Protection of India from yellow fever
Disease focus: Fever
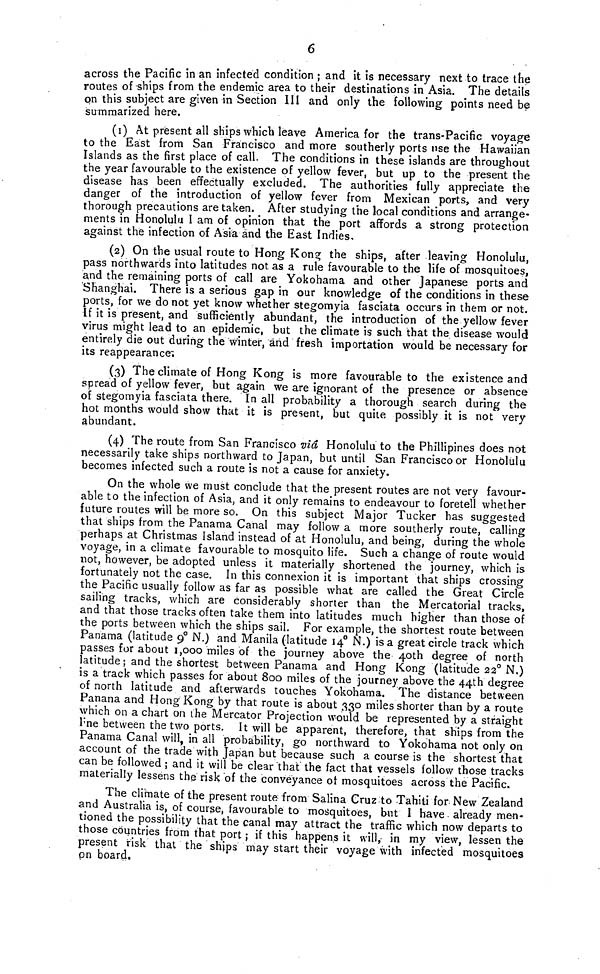
6
across the Pacific in an infected condition ; and it is necessary next to trace the
routes of ships from the endemic area to their destinations in Asia. The details
on this subject are given in Section III and only the following points need be
summarized here.
(1) At present all ships which leave America for the trans-Pacific voyage
to the East from San Francisco and more southerly ports use the Hawaiian
Islands as the first place of call. The conditions in these islands are throughout
the year favourable to the existence of yellow fever, but up to the present the
disease has been effectually excluded. The authorities fully appreciate the
danger of the introduction of yellow fever from Mexican ports, and very
thorough precautions are taken. After studying the local conditions and arrange-
ments in Honolulu I am of opinion that the port affords a strong protection
against the infection of Asia and the East Indies,
O
(2) On the usual route to Hong Kong the ships, after leaving Honolulu,
pass northwards into latitudes not as a rule favourable to the life of mosquitoes,
and the remaining ports of call are Yokohama and other Japanese ports and
Shanghai. There is a serious gap in our knowledge of the conditions in these
ports, for we do not yet know whether stegomyia fasciata occurs in them or not.
If it is present, and sufficiently abundant, the introduction of the yellow fever
virus might lead to an epidemic, but the climate is such that the disease would
entirely die out during the winter, and fresh importation would be necessary for
its reappearance,
(3) The climate of Hong Kong is more favourable to the existence and
spread of yellow fever, but again we are ignorant of the presence or absence
of stegomyia fasciata there. In all probability a thorough search during the
hot months would show that it is present, but quite possibly it is not very
abundant.
(4) The route from San Francisco via Honolulu to the Phillipines does not
necessarily take ships northward to Japan, but until San Francisco or Honolulu
becomes infected such a route is not a cause for anxiety.
On the whole we must conclude that the present routes are not very favour-
able to the infection of Asia, and it only remains to endeavour to foretell whether
future routes will be more so. On this subject Major Tucker has suggested
that ships from the Panama Canal may follow a more southerly route, calling
perhaps at Christmas Island instead of at Honolulu, and being, during the whole
voyage, in a climate favourable to mosquito life. Such a change of route would
not, however, be adopted unless it materially shortened the journey, which is
fortunately not the case. In this connexion it is important that ships crossing
the Pacific usually follow as far as possible what are called the Great Circle
sailing tracks, which are considerably shorter than the Mercatorial tracks,
and that those tracks often take them into latitudes much higher than those of
the ports between which the ships sail. For example, the shortest route between
Panama (latitude 9° N.) and Manila (latitude 14° N.) is a great circle track which
passes for about 1,000 miles of the journey above the 4Oth degree of north
latitude; and the shortest between Panama and Hong Kong (latitude 22° N.)
is a track which passes for about 800 miles of the journey above the 44th degree
of north latitude and afterwards touches Yokohama. The distance between
Panana and Hong Kong by that route is about 330 miles shorter than by a route
which on a chart on the Mercator Projection would be represented by a straight
line between the two ports. It will be apparent, therefore, that ships from the
Panama Canal will, in all probability, go northward to Yokohama not only on
account of the trade with Japan but because such a course is the shortest that
can be followed ; and it will be clear "that the fact that vessels follow those tracks
materially lessens the risk of the conveyance ot mosquitoes across the Pacific.
The climate of the present route from Salina Cruz to Tahiti for New Zealand
and Australia is, of course, favourable to mosquitoes, but I have. already men-
tioned the possibility that the canal may attract the traffic which now departs to
those countries from that port ; if this happens it will, in my view, lessen the
present risk that the ships may start their voyage with infected mosquitoes
on board.